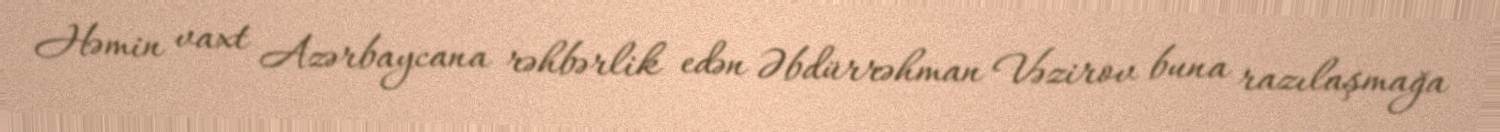
Həmin vaxt Azərbaycana rəhbərlik edən Əbdürrəhman Vəzirov buna razılaşmağa